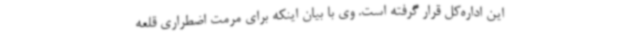
این اداره‌کل قرار گرفته است. وی با بیان اینکه برای مرمت اضطراری قلعه